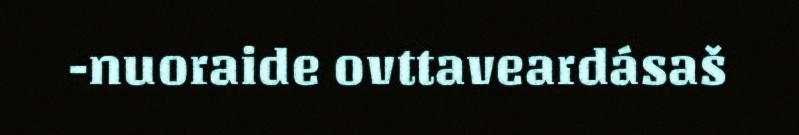
-nuoraide ovttaveardásaš